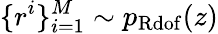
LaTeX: \{ r^{i}\} _{i=1}^{M}\sim p_{\mathrm{Rdof}}(z)